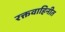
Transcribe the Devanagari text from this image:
रक्तवाहिनीत